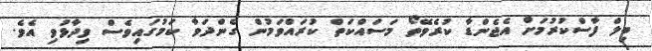
ބިލް ފާސްކުރުމަށް އެޖެންޑާ ކުރެވޭތޯ މަސައްކަތް ކުރައްވަމުން ގެންދަވާ ކަމުގައިވެސް ވިދާޅުވި އެވެ.